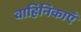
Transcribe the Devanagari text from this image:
वाहिनिकाएँ